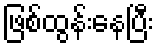
ဖြစ်ထွန်းနေပြီး